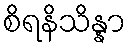
စိရနိသိန္နာ